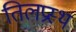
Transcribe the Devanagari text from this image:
तिलप्रस्थ